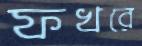
ফখরে